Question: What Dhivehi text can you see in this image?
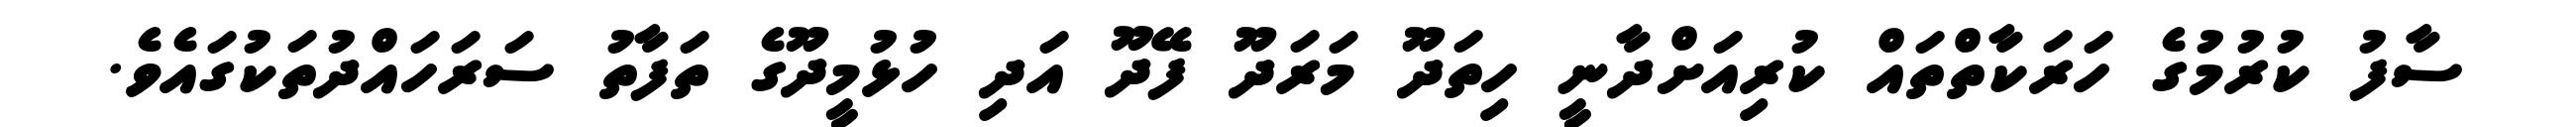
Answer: ސާފު ކުރުމުގެ ހަރަކާތްތައް ކުރިއަށްދާނީ ހިތަދޫ މަރަދޫ ފޭދޫ އަދި ހުޅުމީދޫގެ ތަފާތު ސަރަހައްދުތަކުގައެވެ.